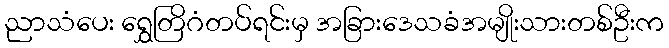
ညာသံပေး ရွှေတြိဂံတပ်ရင်းမှ အခြားဒေသခံအမျိုးသားတစ်ဦးက